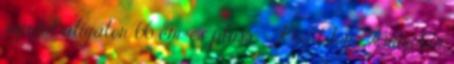
szerint aligátor 66 cm-es plüss - Keel Toys Animotsu